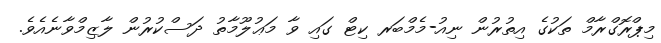
މިޕްރޮގްރާމް ތަކުގެ އިތުރުން ނިއު-މެމްބަރ ކިޓް ގައި ވާ މަޢުލޫމާތު ދަސްކުރުން ލާޒިމްވާނެއެވެ.